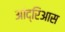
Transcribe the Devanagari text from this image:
आंद्रिआस